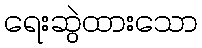
ရေးဆွဲထားသော